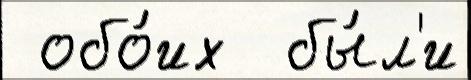
 обо́их  бы́л'и